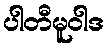
ပါတီမူဝါဒ